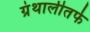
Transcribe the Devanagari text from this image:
ग्रंथालीतर्फे